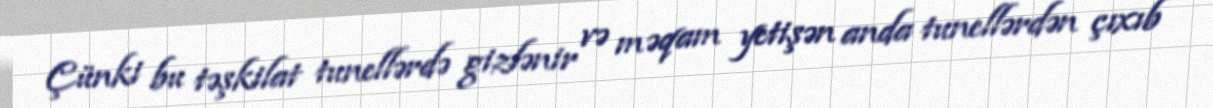
Çünki bu təşkilat tunellərdə gizlənir və məqam yetişən anda tunellərdən çıxıb